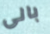
بالى